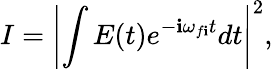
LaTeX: I=\left|\int{E(t)e^{-\mathbf{i}\omega_{f\mathbf{i}}t}dt}\right|^{2},